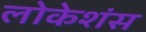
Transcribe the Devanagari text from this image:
लोकेशंस